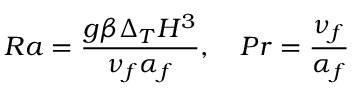
R a = \frac { g \beta \Delta _ { T } H ^ { 3 } } { \nu _ { f } \alpha _ { f } } , \ \ \ P r = \frac { \nu _ { f } } { \alpha _ { f } }